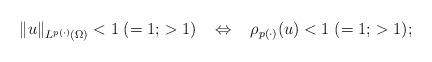
LaTeX: \begin{align*}\|u\|_{L^{p(\cdot)}({\Omega})}<1\;(=1;\,>1)\;\;\;\Leftrightarrow\;\;\;\rho_{p(\cdot)}(u) <1\;(=1;\,>1);\end{align*}